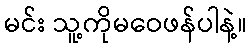
မင်း သူ့ကိုမဝေဖန်ပါနဲ့။